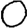
Digit: 0